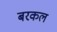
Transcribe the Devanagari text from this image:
बरकल